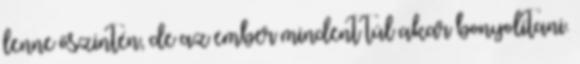
lenne őszintén, de az ember mindent túl akar bonyolítani.